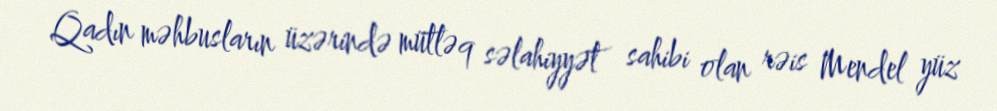
Qadın məhbusların üzərində mütləq səlahiyyət sahibi olan rəis Mendel yüz